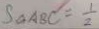
S _ { \Delta A B C } = \frac { 1 } { 2 }